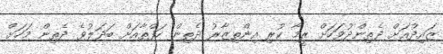
ޒައިދުއަށް ދެތިންދުވަހަށް ރީމާ ކުރި އިންތިޒާރު ދެތިން ހަފްތާއަށް ބަދަލުވެ ދެތިން މަހަށް